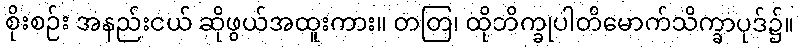
စိုးစဉ်း အနည်းငယ် ဆိုဖွယ်အထူးကား။ တတြ၊ ထိုဘိက္ခုပါတိမောက်သိက္ခာပုဒ်၌။